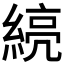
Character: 𰫯